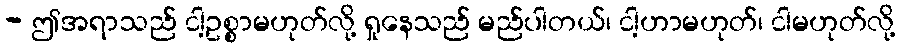
- ဤအရာသည် ငါ့ဥစ္စာမဟုတ်လို့ ရှုနေသည် မည်ပါတယ်၊ ငါ့ဟာမဟုတ်၊ ငါမဟုတ်လို့